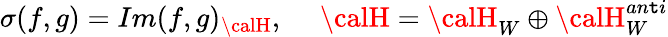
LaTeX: \sigma(f,g)=Im(f,g)_{\calH},~~~~~{\calH}={\calH}_{W}\oplus{\calH}_{W}^{an\mathtt{t}i}